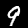
Label: 9